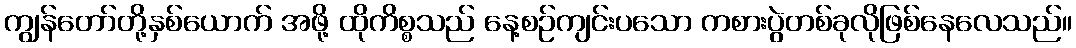
ကျွန်တော်တို့နှစ်ယောက် အဖို့ ထိုကိစ္စသည် နေ့စဉ်ကျင်းပသော ကစားပွဲတစ်ခုလိုဖြစ်နေလေသည်။